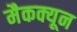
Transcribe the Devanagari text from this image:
मैकक्यून